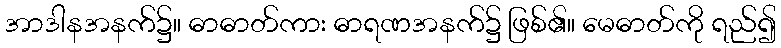
အာဒါနအနက်၌။ ဓာဓာတ်ကား ဓာရဏအနက်၌ ဖြစ်၏။ မေဓာတ်ကို ရည်၍